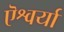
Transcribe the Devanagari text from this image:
ऎश्वर्या